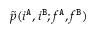
\tilde { p } ( i ^ { \tt A } , i ^ { \tt B } ; f ^ { \tt A } , f ^ { \tt B } )